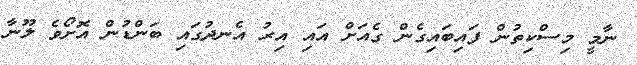
ނާމީ މިސްކިތުން ފައިބައިގެން ގެއަށް އައި އިރު އެނދުގައި ބަންޑުން އޮށޯވެ ލޫނާ